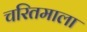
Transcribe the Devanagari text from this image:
चरितमाला